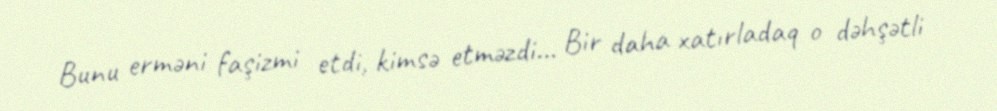
Bunu erməni faşizmi etdi, kimsə etməzdi... Bir daha xatırladaq o dəhşətli